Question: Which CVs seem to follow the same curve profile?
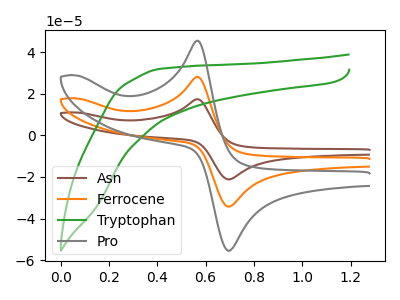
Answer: <think>The brown curve "Asn" has an anodic peak at (0.55V, 56.25uA) and a cathodic peak at (0.70V, -68.45uA). The orange curve "Ferrocene" has an anodic peak at (0.55V, 28.10uA) and a cathodic peak at (0.70V, -34.20uA). The green curve "Tryptophan" has no peaks. The gray curve "Pro" has an anodic peak at (0.55V, 45.50uA) and a cathodic peak at (0.70V, -55.40uA).
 All the peaks in "Asn" have a peak in "Ferrocene" at the same potential. Every peak in "Asn" is higher than every peak in "Ferrocene". "Asn" and "Tryptophan" have a different number of peaks. All the peaks in "Asn" have a peak in "Pro" at the same potential. Every peak in "Asn" is higher than every peak in "Pro". "Ferrocene" and "Tryptophan" have a different number of peaks. All the peaks in "Ferrocene" have a peak in "Pro" at the same potential. Every peak in "Ferrocene" is lower than every peak in "Pro". "Tryptophan" and "Pro" have a different number of peaks.</think>
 <answer>"Pro", "Asn" and "Ferrocene" have the same shape and are likely CV's of the same chemical.</answer>
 <eval>"Pro" "Asn" "Ferrocene"</eval>